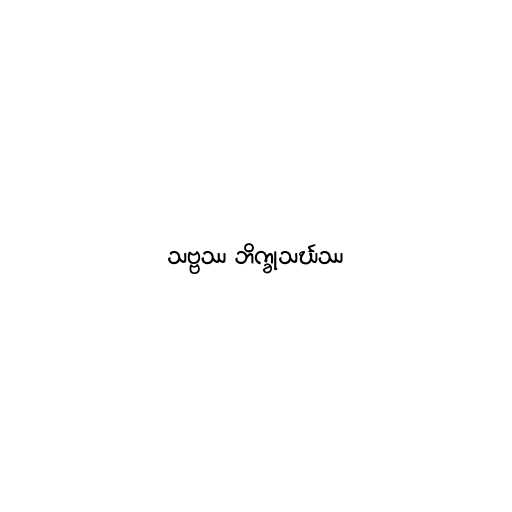
သဗ္ဗဿ ဘိက္ခုသင်္ဃဿ